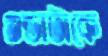
গুন্ডাটাকে